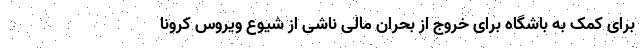
برای کمک به باشگاه برای خروج از بحران مالی ناشی از شیوع ویروس کرونا